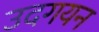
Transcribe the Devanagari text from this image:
उदगयन